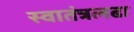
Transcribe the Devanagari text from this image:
स्वातंत्रलढा